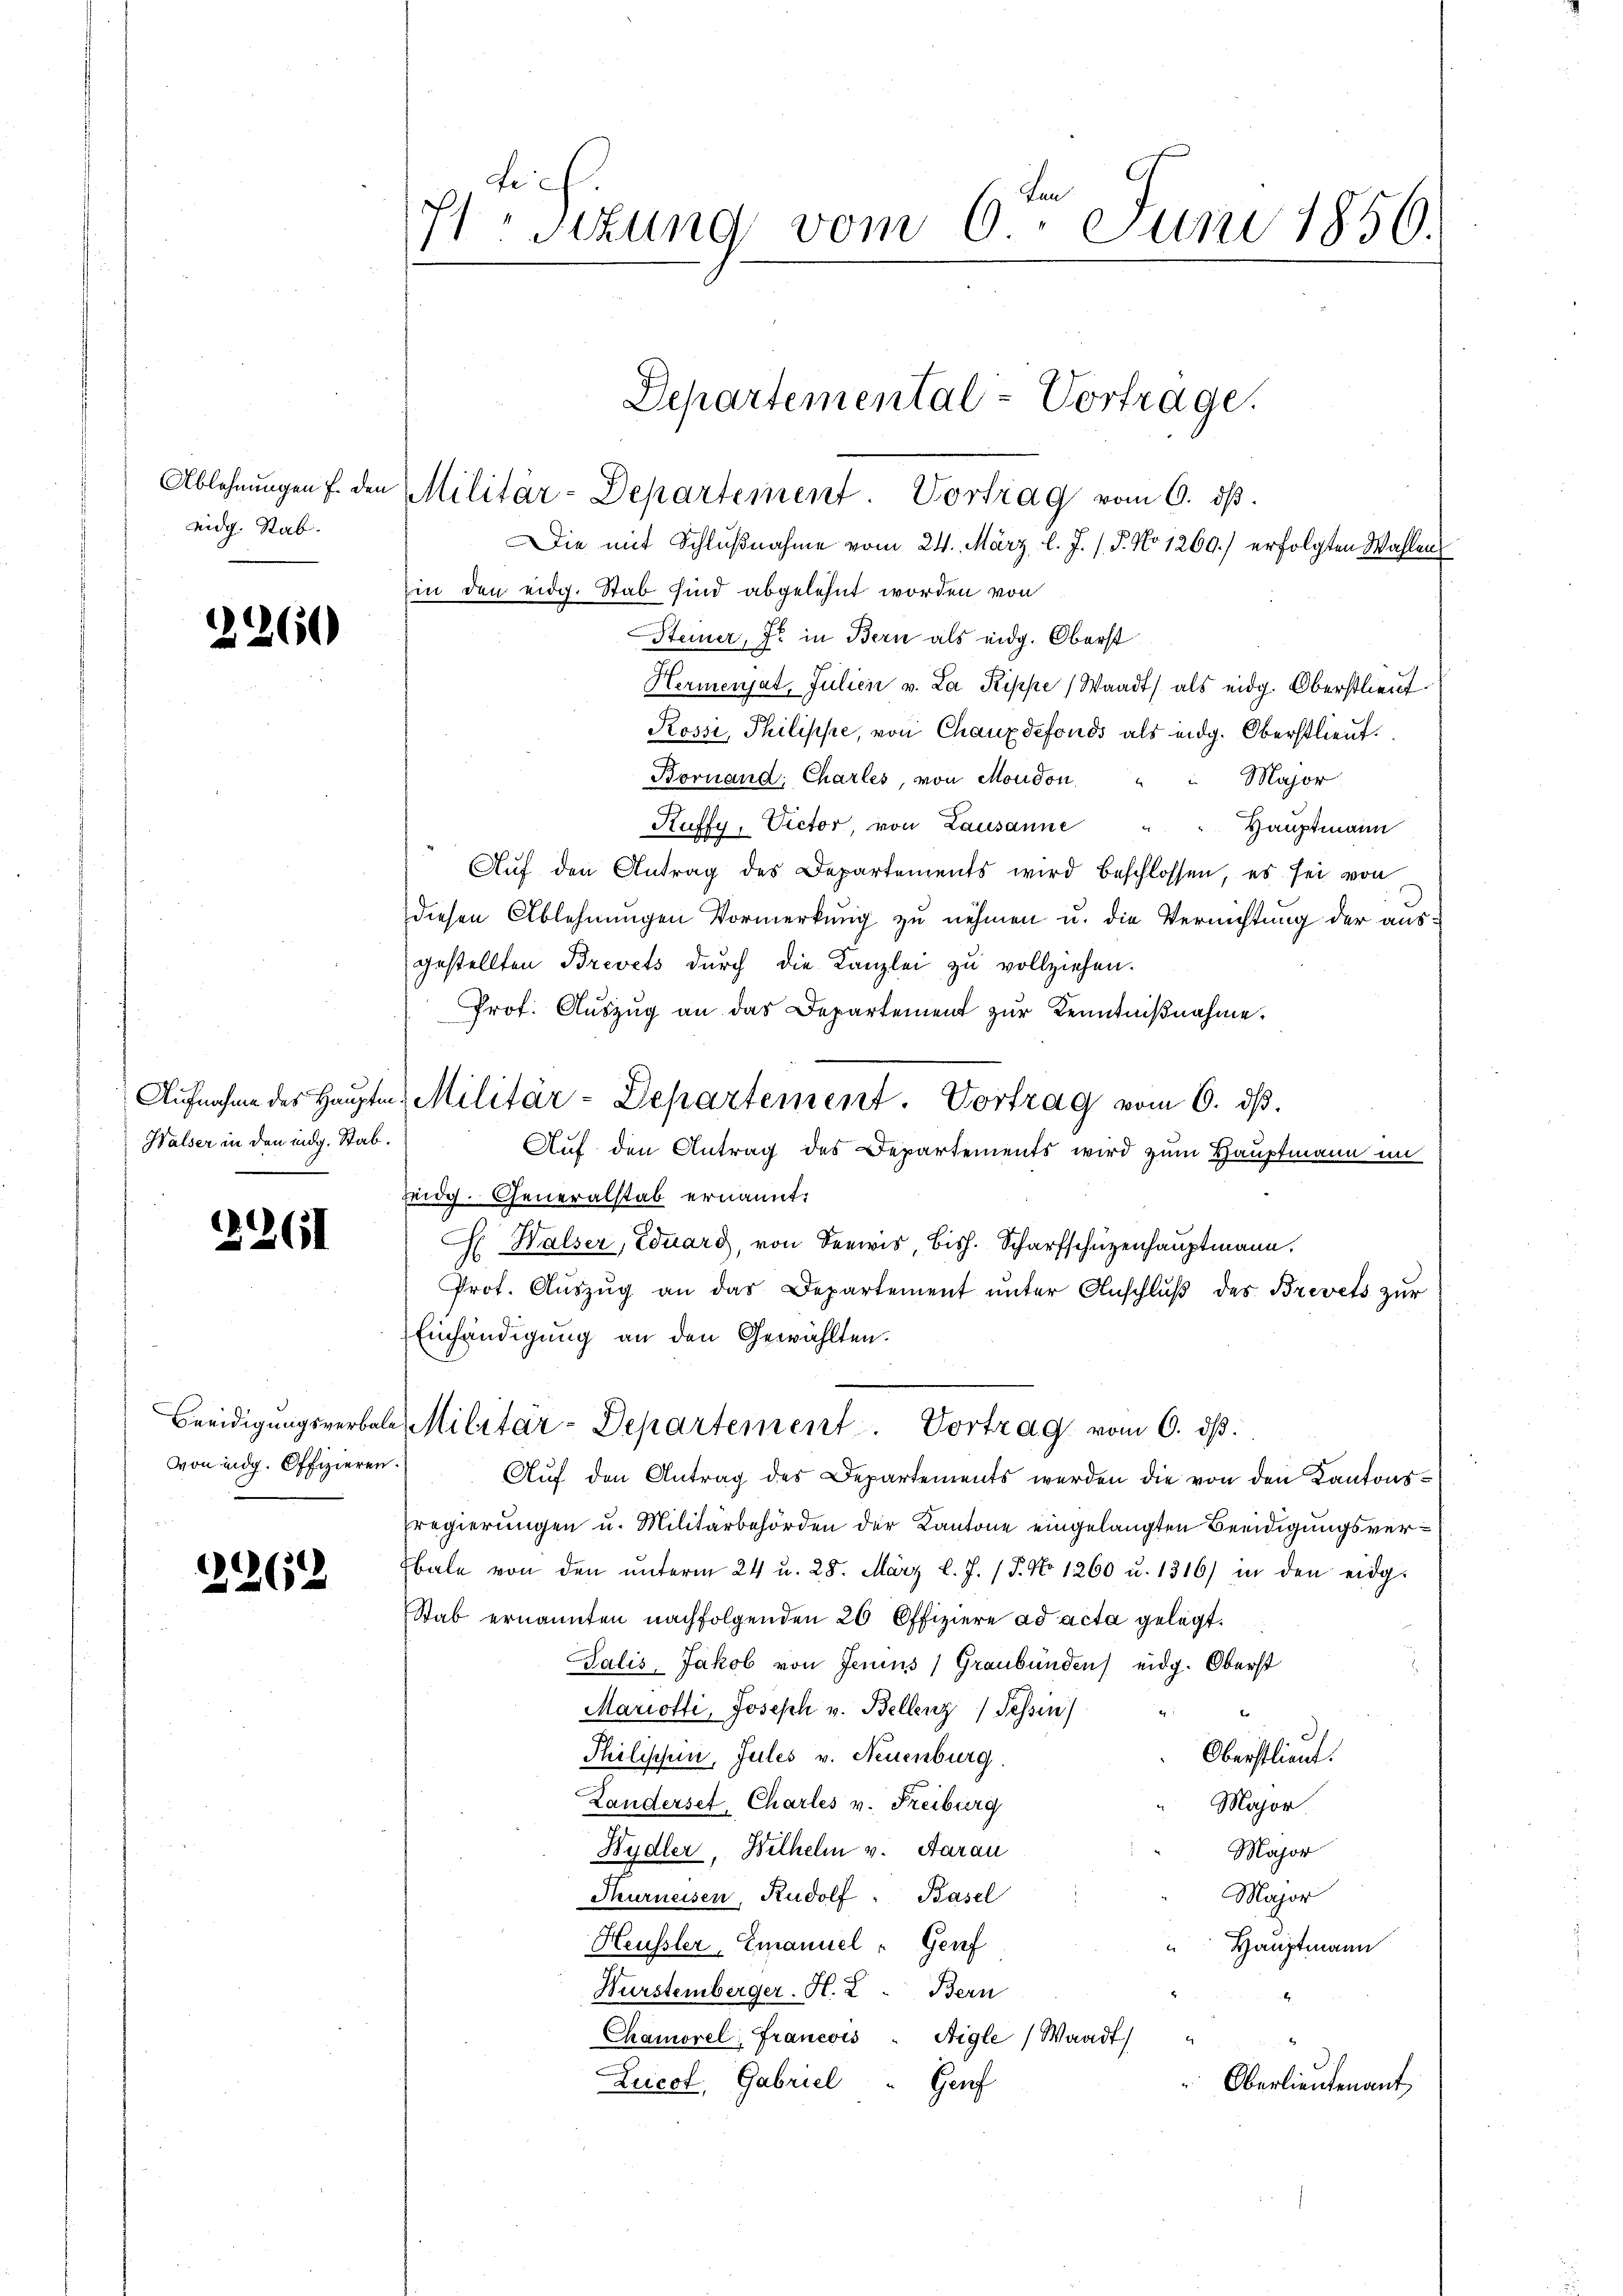
Ablehnungen f. den
eidg. Stab.

2260

Aufnahme des Haupte
Walser in den indg. Stab.

1261

Beeidigungsverbal
von endg. Offizieren.

2262

Isizung vom 6. Juni 1856.

Die mit Schlußnahme vom 24. März l. J. (T. No 1269) erfolgten Wahlen
in den eidg. Stab sind abgelehnt worden von
Steiner, J. in Bern als eidg. Oberst
Hermensat, Julien v. La Rippe (Waadt) als eidg. Oberstlieut
Rossi, Philippe, von Chauxdefonds als eidg. Oberstlieut.
Bornand, Charles, von Moudon
Major
Ruffy, Victor, von Lausanne " " Hauptmann
Auf den Antrag des Departements wird beschlossen, es sei von
diesen Ablehnungen Vormerkung zu nehmen u. die Vernichtung der aus
gestellten Brevets durch die Kanzlei zu vollziehen.
Prof. Auszug an das Departement zur Kenntnißnahme.
Auf den Antrag des Departements wird zum Hauptmann im
Zeidg. Generalstab ernannt:
H. Halser, Eduard, von Seewis bish. Scharfschüzenhauptmann.
Prot. Auszug an das Departement unter Anschluß des Brevets zur
Einhändigung an den Gewählten.
2 Militär-Departement. Vortrag vom 6. ds.
Auf den Antrag des Departements werden die von den Kantonsregierungen u. Militärbehörden der Kantone eingelangten Beeidigungsverbale von den ŭnterm 24 u. 28. März l. J. (T. No 1260 u. 1316/ in den eidg
Stab ernannten nachfolgenden 26 Offiziere ad acta gelegt.
Salis, Jakob von Jenins Graubünden eidg. Oberst
Mariotti, Joseph v. Bellenz Tessin
Philischen, Jules v. Neuenburg.
Oberstlieut.
Landerset, Charles v. Freiburg
Major.
Hydler, Wilhelm v. Aarau
Major
Thurneisen, Rudolf Basel
Major
Heussler, Emanuel " Genf
Hauptmann
Wurstemberger. H. 2. Bern
Chamorel: Francois
Aigle (Waadt
Zucot, Gabriel
Hauf
Oberlieutenant

Departemental-Vortrage.
Militär-Departement. Vortrag vom 6. ds.

u. Militär-Departement. Vortrag vom 6. ds.